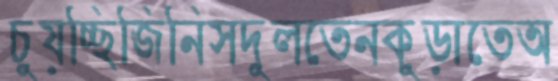
চুয়চ্ছিজিনিসদুলতেনকুড়াতেঅ